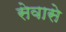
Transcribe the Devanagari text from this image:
सेवासे